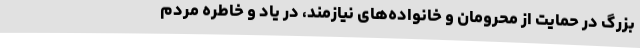
بزرگ در حمایت از محرومان و خانواده‌های نیازمند، در یاد و خاطره مردم